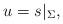
LaTeX: \begin{align*}u=s|_{\Sigma},\end{align*}